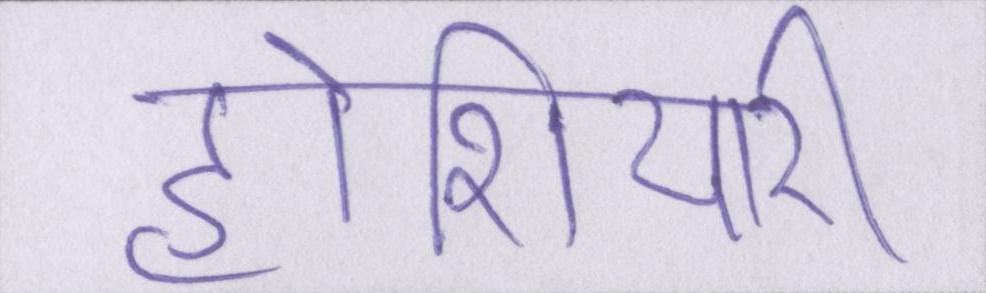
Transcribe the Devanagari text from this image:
होशियारी